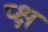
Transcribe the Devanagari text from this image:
प्क्ष